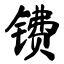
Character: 镄